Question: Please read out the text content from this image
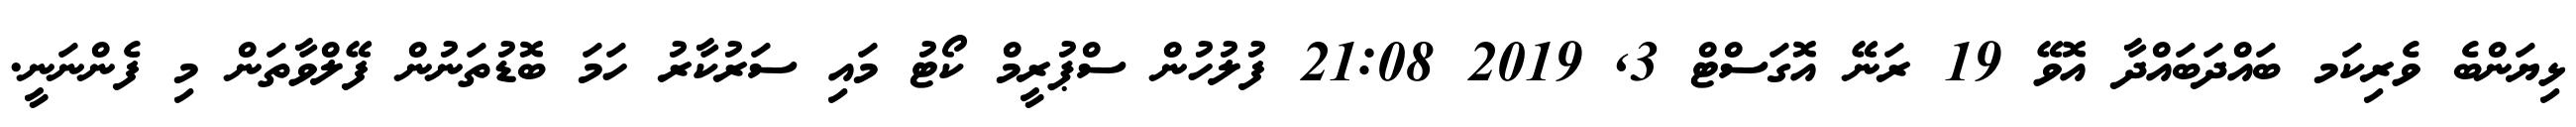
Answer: ޅިޔަންބެ ވެރިކަމ ބައްދަބައްދާ އޮވޭ 19 ރަނޭ އޮގަސްޓް 3, 2019 21:08 ފުލުހުން ސްޕުރީމް ކޯޓު މައި ސަރުކާރު ހަމަ ބޮޑުތަނުން ފޭލްވާތަން މި ފެންނަނީ.